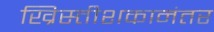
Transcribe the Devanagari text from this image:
ख्रिस्तीशकानंतर